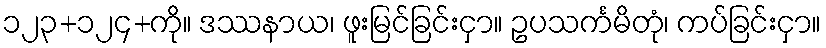
၁၂၃+၁၂၄+ကို။ ဒဿနာယ၊ ဖူးမြင်ခြင်းငှာ။ ဥပသင်္ကမိတုံ၊ ကပ်ခြင်းငှာ။